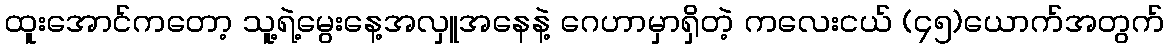
ထူးအောင်ကတော့ သူ့ရဲ့မွေးနေ့အလှူအနေနဲ့ ဂေဟာမှာရှိတဲ့ ကလေးငယ် (၄၅)ယောက်အတွက်